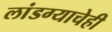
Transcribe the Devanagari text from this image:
लांडग्याचेही